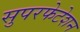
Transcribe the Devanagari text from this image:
सुपरफेटेशन